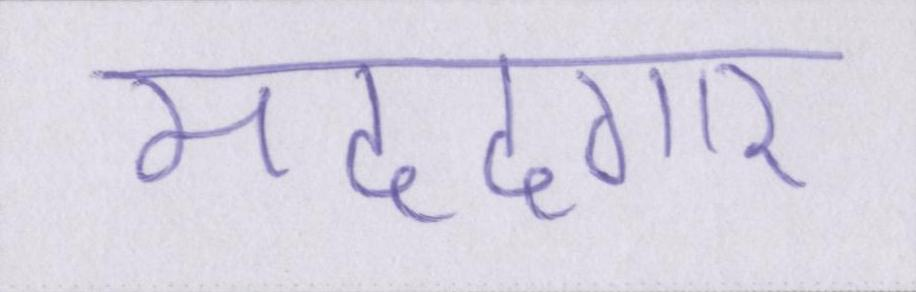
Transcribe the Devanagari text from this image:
मददगार